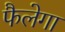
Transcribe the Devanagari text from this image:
फैलेगा